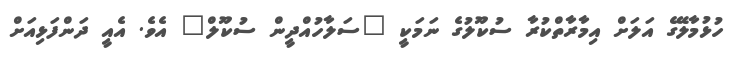
ހުޅުމާލޭގެ އަލަށް އިމާރާތްކުރާ ސުކޫލުގެ ނަމަކީ "ސަލާހުއްދީން ސުކޫލް" އެވެ. އެއީ ދަންފަޅިއަށް